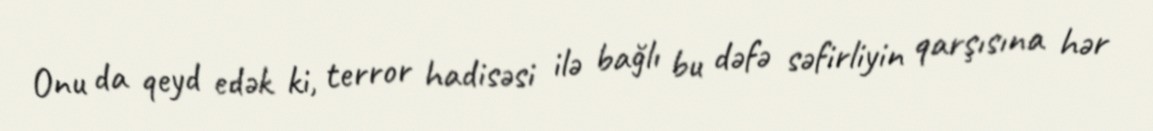
Onu da qeyd edək ki, terror hadisəsi ilə bağlı bu dəfə səfirliyin qarşısına hər